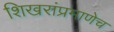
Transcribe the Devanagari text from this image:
शिखरांप्रमाणेच